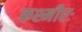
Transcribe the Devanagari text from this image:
कश्मीरः